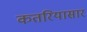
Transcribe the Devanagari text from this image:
कतरियासार